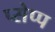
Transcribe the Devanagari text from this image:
प्सेप्प